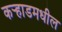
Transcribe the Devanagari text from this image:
कर्‍हाडमधील